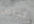
لباس